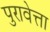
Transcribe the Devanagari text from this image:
पुरावेत्ता